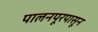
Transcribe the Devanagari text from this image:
पालनपूरपासून